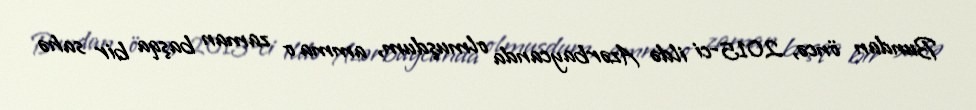
Bundan öncə, 2015-ci ildə Azərbaycanda olmuşdum, amma o zaman başqa bir sahə